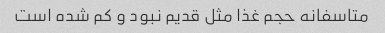
متاسفانه حجم غذا مثل قدیم نبود و کم شده است